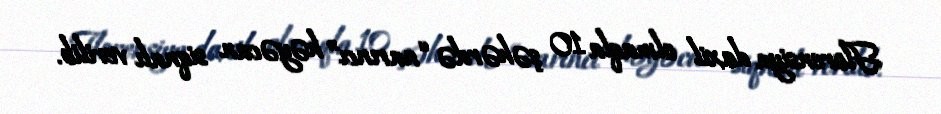
Florensiya daxil olmaqla 10 şəhərdə “narıncı” həyəcan siqnalı verilib.